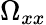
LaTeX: \Omega_{xx}